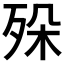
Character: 𣧷